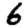
Digit: 6